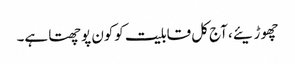
چھوڑیئے، آج کل قابلیت کوکون پوچھتا ہے۔